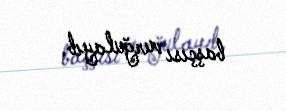
başçısı vurğulayıb.